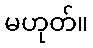
မဟုတ်။